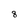
Character: 8